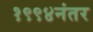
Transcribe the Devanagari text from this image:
१९९४नंतर